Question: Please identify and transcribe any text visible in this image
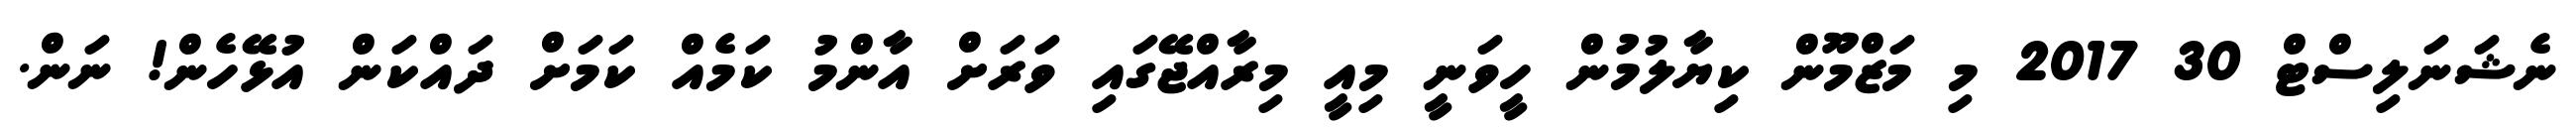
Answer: ނެޝަނަލިސްޓް 30 2017 މި މަޒްމޫން ކިޔާލުމުން ހީވަނީ މިއީ މިރާއްޖޭގައި ވަރަށް އާންމު ކަމެއް ކަމަށް ދައްކަން އުޅޭހެން! ނަން.